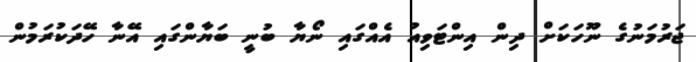
ޖަރުމަނުގެ ނޫހަކަށް ދިން އިންޓަވިއު އެއްގައި ނޯޔާ ބުނީ ބަޔާންގައި އޭނާ ހޭދަކުރަމުން